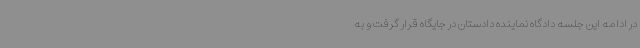
در ادامه این جلسه دادگاه نماینده دادستان در جایگاه قرار گرفت و به